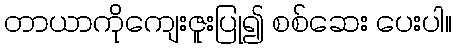
တာယာကိုကျေးဇူးပြု၍ စစ်ဆေး ပေးပါ။